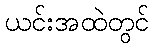
ယင်းအထဲတွင်